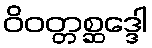
ဝိဝတ္တစ္ဆဒ္ဒေါ